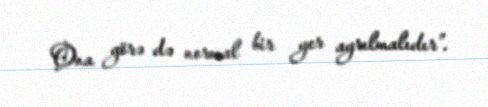
Ona görə də normal bir yer ayrılmalıdır”.